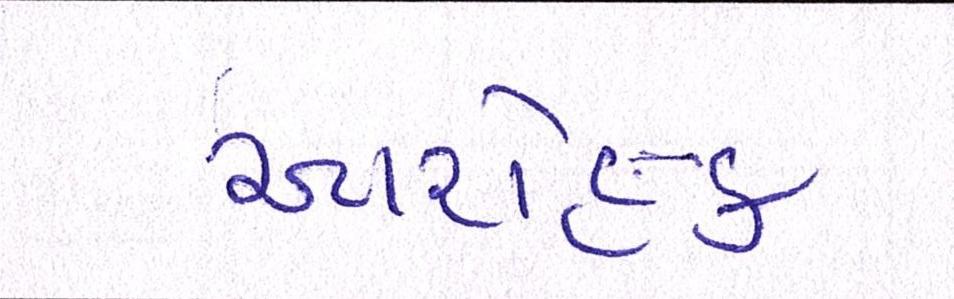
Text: આરોહક